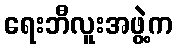
ရေးဘီလူးအဖွဲ့က